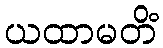
ယထာမတိံ